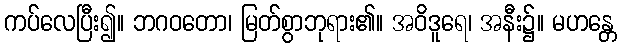
ကပ်လေပြီး၍။ ဘဂဝတော၊ မြတ်စွာဘုရား၏။ အဝိဒူရေ၊ အနီး၌။ မဟန္တေ